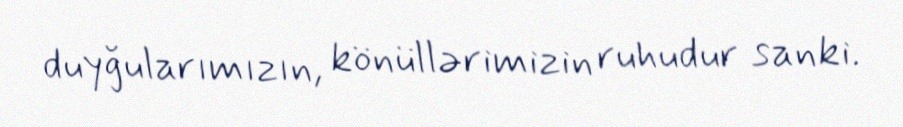
duyğularımızın, könüllərimizin ruhudur sanki.